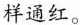
样通红。